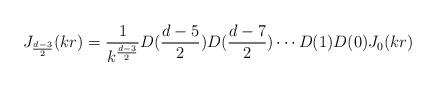
LaTeX: \begin{align*}J_{\frac{d-3}{2}}(kr)=\frac{1}{k^{\frac{d-3}{2}}}D(\frac{d-5}{2})D(\frac{d-7}{2})\cdots D(1)D(0)J_0(kr)\end{align*}